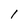
Character: I